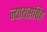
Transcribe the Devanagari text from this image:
न्यायसचिव